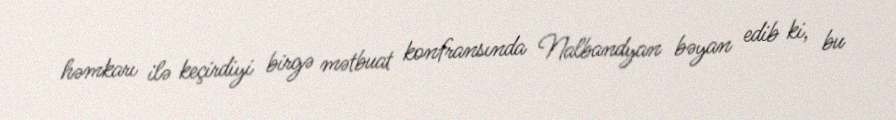
həmkarı ilə keçirdiyi birgə mətbuat konfransında Nalbandyan bəyan edib ki, bu